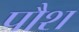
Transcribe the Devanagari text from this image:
पौश